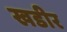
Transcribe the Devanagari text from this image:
खडीर